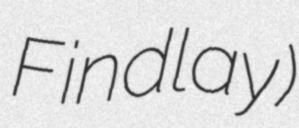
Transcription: Findlay)